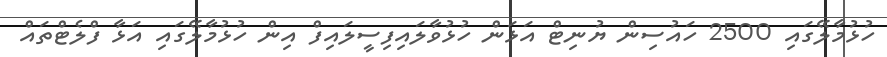
ހުޅުމާލޭގައި 2500 ހައުސިން ޔުނިޓް އަޅަން ހުޅުވާލައިފިސީލައިފް އިން ހުޅުމާލޭގައި އަޅާ ފްލެޓްތައް